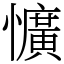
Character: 懭